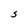
Character: S